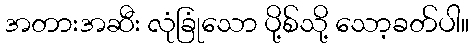
အတားအဆီး လုံခြုံသော ပို့စ်သို့ သော့ခတ်ပါ။